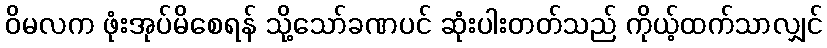
ဝိမလက ဖုံးအုပ်မိစေရန် သို့သော်ခဏပင် ဆုံးပါးတတ်သည် ကိုယ့်ထက်သာလျှင်